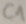
Text: C1